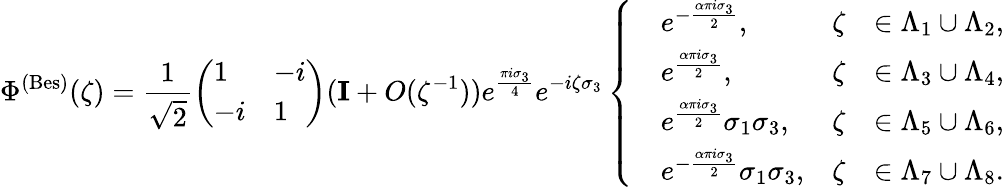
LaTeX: \Phi^{\mathrm{(Bes)}}(\zeta)=\frac{1}{\sqrt{2}}\left(\begin{array}{ll}{1}&{-i}\\ {-i}&{1}\end{array}\right)(\mathbf{I}+O(\zeta^{-1}))e^{\frac{\pi i\sigma_{3}}{4}}e^{-i\zeta\sigma_{3}}\left\{ \begin{array}{rlrl}&{e^{-\frac{\alpha\pi i\sigma_{3}}{2}},}&{\zeta}&{\in\Lambda_{1}\cup\Lambda_{2},}\\ &{e^{\frac{\alpha\pi i\sigma_{3}}{2}},}&{\zeta}&{\in\Lambda_{3}\cup\Lambda_{4},}\\ &{e^{\frac{\alpha\pi i\sigma_{3}}{2}}\sigma_{1}\sigma_{3},}&{\zeta}&{\in\Lambda_{5}\cup\Lambda_{6},}\\ &{e^{-\frac{\alpha\pi i\sigma_{3}}{2}}\sigma_{1}\sigma_{3},}&{\zeta}&{\in\Lambda_{7}\cup\Lambda_{8}.}\end{array}\right.